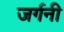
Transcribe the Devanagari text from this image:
जर्गनी